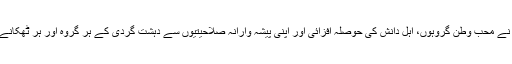
پاک فورسز نے محب وطن گروہوں، اہل دانش کی حوصلہ افزائی اور اپنی پیشہ وارانہ صلاحیتیوں سے دہشت گردی کے ہر گروہ اور ہر ٹھکانے کو ختم کیا۔